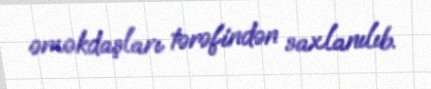
əməkdaşları tərəfindən saxlanılıb.